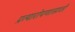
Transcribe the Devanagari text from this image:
प्रत्यारोपणासाठी